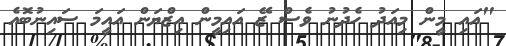
"އައި މީން މިއަދު ހެދުނު ވެސް ޒޭ އައިމީން އިޒްޔަން އައީމަ ސައިނުބޮއެ